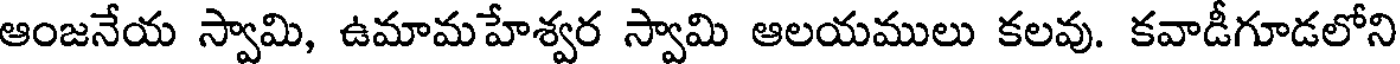
ఆంజనేయ స్వామి, ఉమామహేశ్వర స్వామి ఆలయములు కలవు. కవాడీగూడలోని